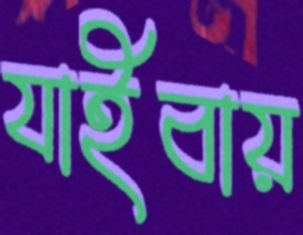
যাইবায়